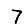
Digit: 7